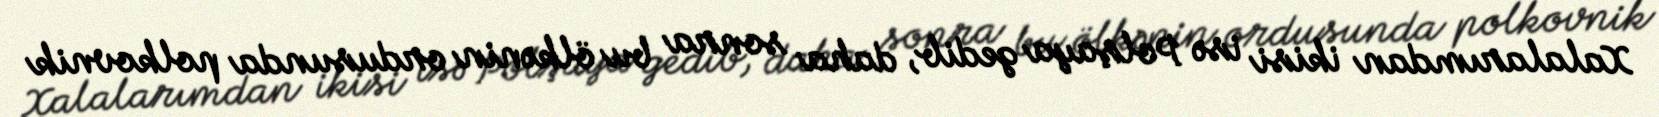
Xalalarımdan ikisi isə Polşaya gedib, daha sonra bu ölkənin ordusunda polkovnik